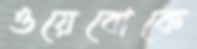
ওয়েবোকে